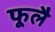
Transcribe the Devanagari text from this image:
फूलै